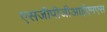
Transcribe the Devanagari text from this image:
एसजीपीजीआईएमएस